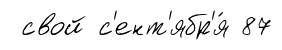
свой с'ент'ябр'я́ 87